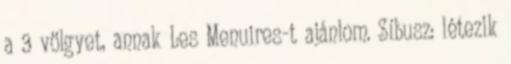
a 3 völgyet, annak Les Menuires-t ajánlom. Síbusz: létezik